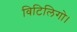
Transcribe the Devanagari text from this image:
विटिलिगो।